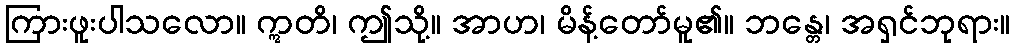
ကြားဖူးပါသလော။ ဣတိ၊ ဤသို့။ အာဟ၊ မိန့်တော်မူ၏။ ဘန္တေ၊ အရှင်ဘုရား။